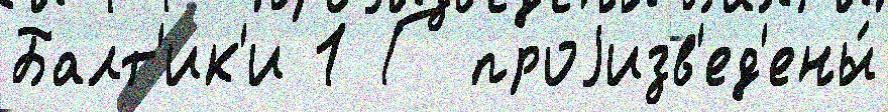
Балт'ик'и 1 Г проjизв'ед'ены́